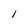
Character: 1